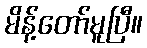
မိန့်တော်မူပြီ။